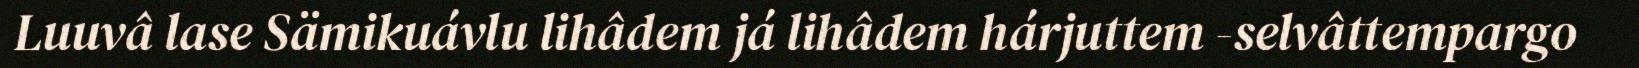
Luuvâ lase Sämikuávlu lihâdem já lihâdem hárjuttem -selvâttempargo